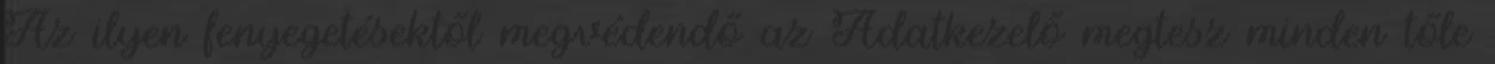
Az ilyen fenyegetésektől megvédendő az Adatkezelő megtesz minden tőle